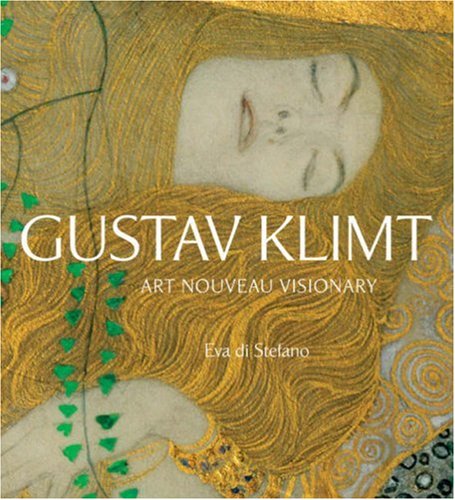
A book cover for Gustav Klimt: Art Nouveau Visionary; Eva di Stefano; Biographies & Memoirs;